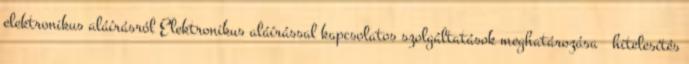
elektronikus aláírásról Elektronikus aláírással kapcsolatos szolgáltatások meghatározása  hitelesítés